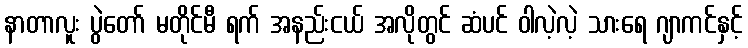
နာတာလူး ပွဲတော် မတိုင်မီ ရက် အနည်းငယ် အလိုတွင် ဆံပင် ဝါလဲ့လဲ့ သားရေ ဂျာကင်နှင့်